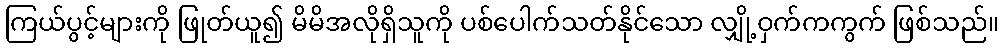
ကြယ်ပွင့်များကို ဖြုတ်ယူ၍ မိမိအလိုရှိသူကို ပစ်ပေါက်သတ်နိုင်သော လျှို့ဝှက်ကကွက် ဖြစ်သည်။